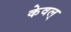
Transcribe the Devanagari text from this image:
केवल्